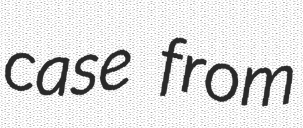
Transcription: case from